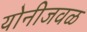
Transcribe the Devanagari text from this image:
योनीजवळ